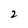
Character: 2